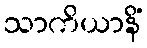
သာကိယာနိံ